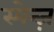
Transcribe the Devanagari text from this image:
स्पेन्ज़